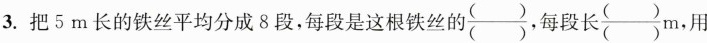
3.把5m长的铁丝平均分成8段，每段是这根铁丝的\frac{()}{()},每段长\frac{()}{()}m ，用